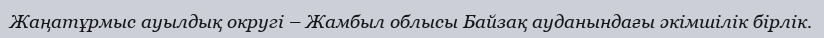
Жаңатұрмыс ауылдық округі – Жамбыл облысы Байзақ ауданындағы әкімшілік бірлік.